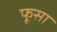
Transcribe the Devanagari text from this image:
फूसा